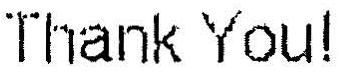
THANK YOU!